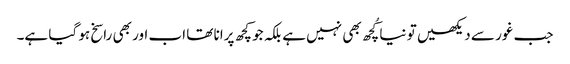
جب غور سے دیکھیں تو نیا کُچھ بھی نہیں ہے بلکہ جو کچھ پرانا تھا اب اور بھی راسخ ہو گیا ہے۔